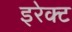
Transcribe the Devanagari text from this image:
इरेक्ट